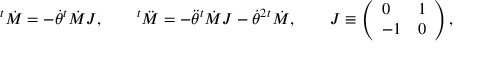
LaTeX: ^ { t } \dot { \cal M } = - \dot { \theta } { } ^ { t } \dot { \cal M } J , \qquad ^ { t } \ddot { \cal M } = - \ddot { \theta } { } ^ { t } \dot { \cal M } J - \dot { \theta } ^ { 2 } { } ^ { t } \dot { \cal M } , \qquad J \equiv \left( \begin{array} { l l } { { 0 } } & { { 1 } } \\ { { - 1 } } & { { 0 } } \end{array} \right) ,